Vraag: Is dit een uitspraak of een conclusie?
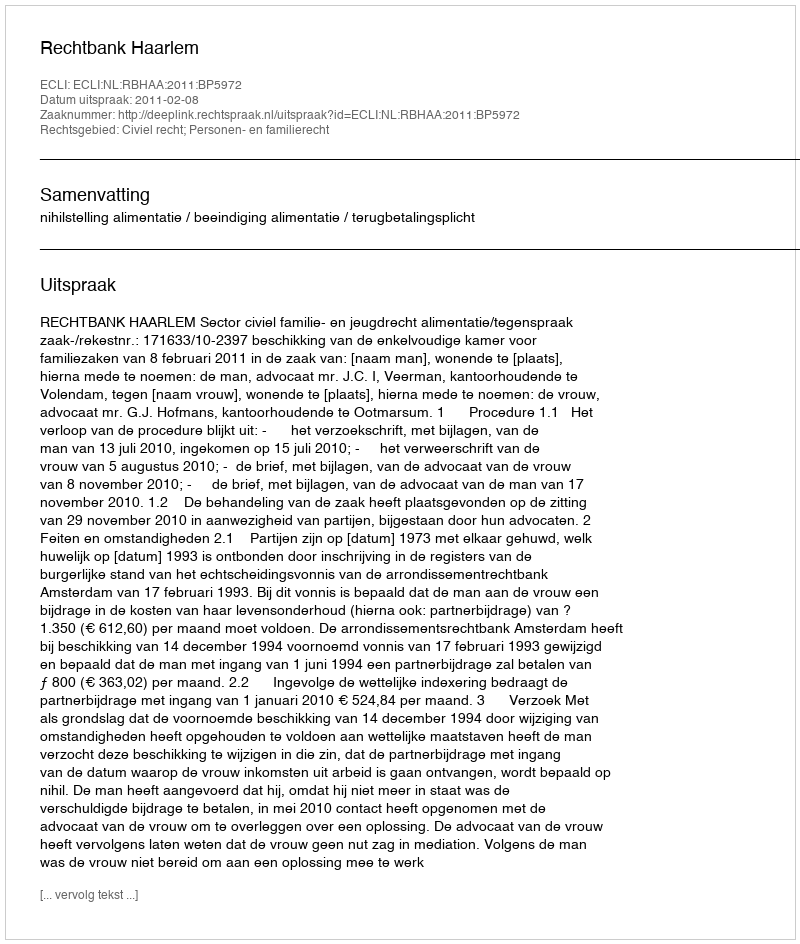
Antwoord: Uitspraak